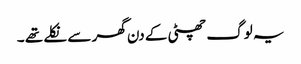
یہ لوگ چھٹی کے دن گھر سے نکلے تھے ۔